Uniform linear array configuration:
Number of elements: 64
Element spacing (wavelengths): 1
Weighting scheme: exponential
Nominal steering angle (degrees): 30
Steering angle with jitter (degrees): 31.349
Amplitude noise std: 0.05
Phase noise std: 0.05

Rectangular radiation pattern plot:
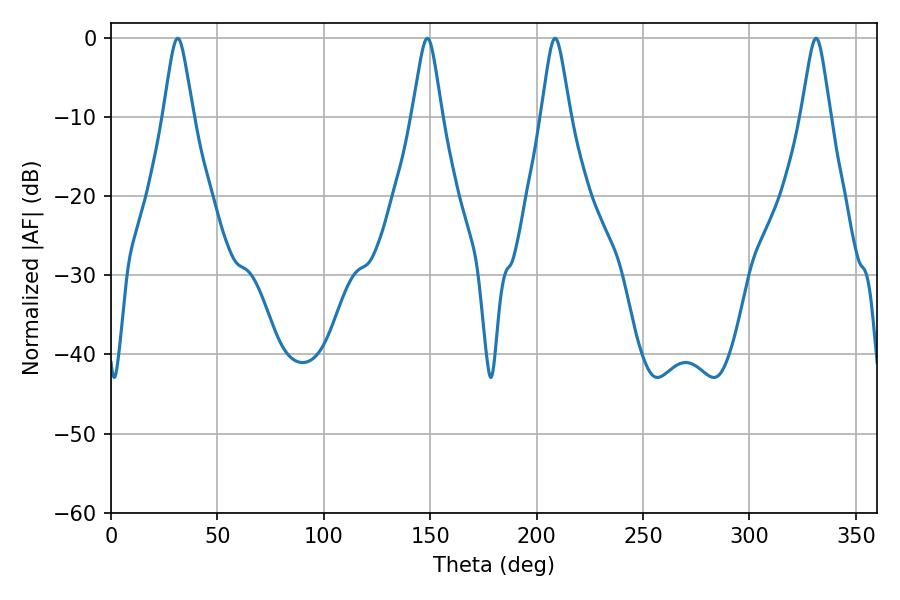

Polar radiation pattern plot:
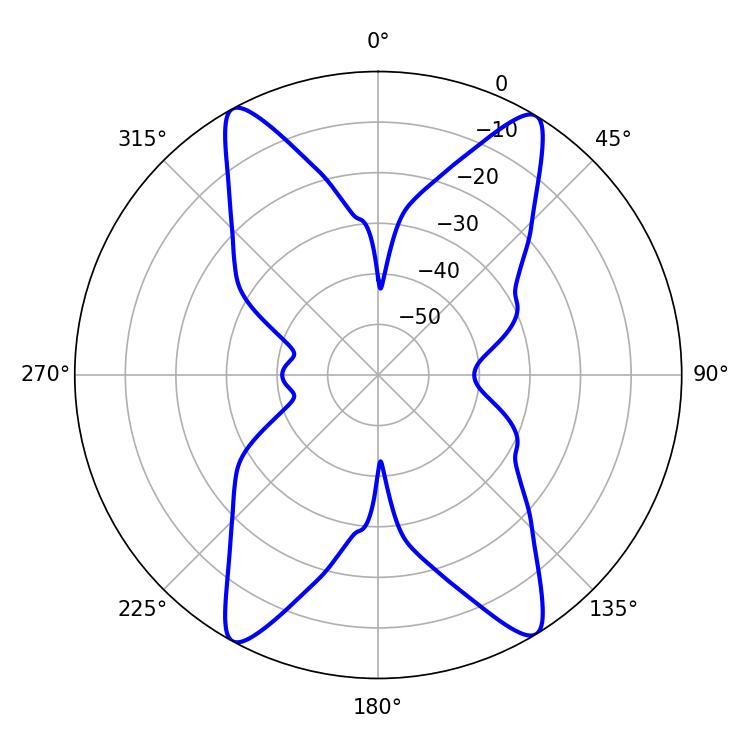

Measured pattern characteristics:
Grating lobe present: TRUE
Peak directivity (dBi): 21.428
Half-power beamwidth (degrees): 6.66
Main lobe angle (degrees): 31.32